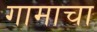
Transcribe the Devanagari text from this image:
गामाचा